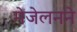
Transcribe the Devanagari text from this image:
मेजेलनने